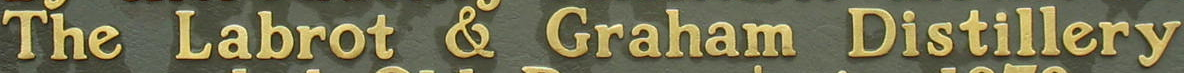
The Labrot & Graham Distillery